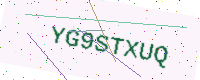
Text: YG9STXUQ